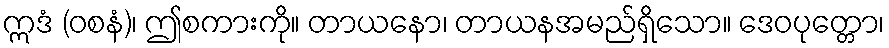
ဣဒံ (ဝစနံ)၊ ဤစကားကို။ တာယနော၊ တာယနအမည်ရှိသော။ ဒေဝပုတ္တော၊